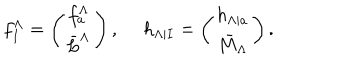
LaTeX: f _ { I } ^ { \Lambda } = \left( \begin{matrix} { { f _ { a } ^ { \Lambda } } } \\ { { \bar { L } ^ { \Lambda } } } \\ \end{matrix} \right) , \ h _ { \Lambda | I } = \left( \begin{matrix} { { h _ { \Lambda | a } } } \\ { { \bar { M } _ { \Lambda } } } \\ \end{matrix} \right) .